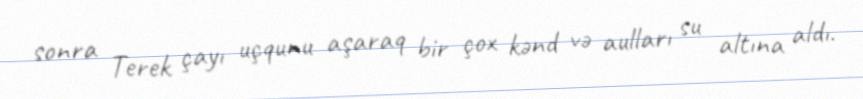
sonra Terek çayı uçqunu aşaraq bir çox kənd və aulları su altına aldı.